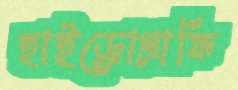
হাইড্রোগ্রাফি